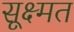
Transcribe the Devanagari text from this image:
सूक्ष्मत